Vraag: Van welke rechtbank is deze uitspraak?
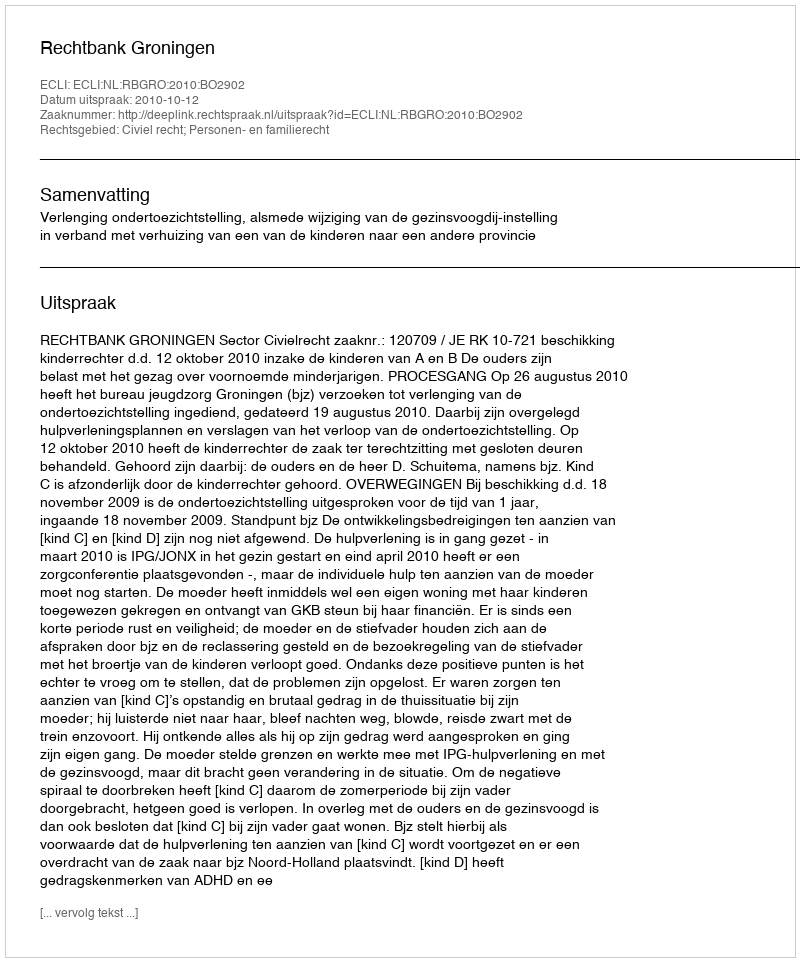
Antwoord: Rechtbank Groningen